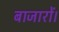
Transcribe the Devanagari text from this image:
बाजारों।